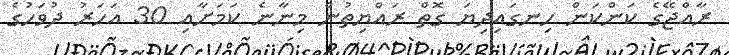
ރާއްޖޭގެ ކަންކަން ހިނގައިދިޔަ ގޮތް ރައްޔިތުން މިނާނެ ކަމަށާއި 30 އަހަރު ދުވަހުގެ